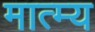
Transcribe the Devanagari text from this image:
मात्म्य